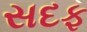
સદફ